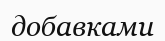
добавками